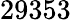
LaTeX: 29353